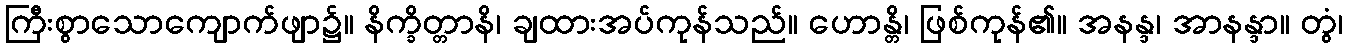
ကြီးစွာသောကျောက်ဖျာ၌။ နိက္ခိတ္တာနိ၊ ချထားအပ်ကုန်သည်။ ဟောန္တိ၊ ဖြစ်ကုန်၏။ အနန္ဒ၊ အာနန္ဒာ။ တွံ၊